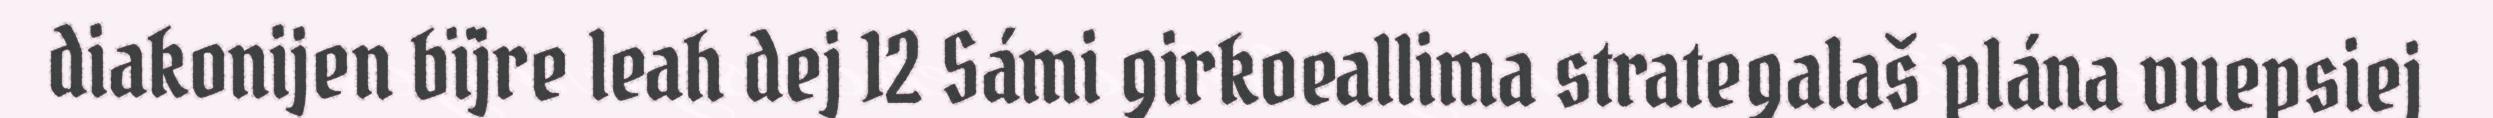
diakonijen bïjre leah dej 12 Sámi girkoeallima strategalaš plána vuepsiej